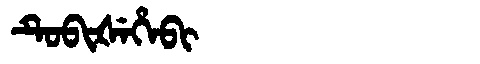
Manchu: ᡨᡠᠪᡳᡧᡝᡥᡝᠪᡳ
Romanization: TUBIŠEHEBI